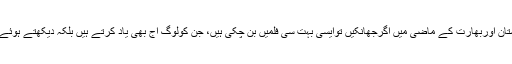
جیا علی نے کہا کہ پاکستان اوربھارت کے ماضی میں اگرجھانکیں توایسی بہت سی فلمیں بن چکی ہیں، جن کولوگ آج بھی یاد کرتے ہیں بلکہ دیکھتے ہوئے خوب انٹرٹین ہوتے ہیں۔